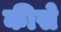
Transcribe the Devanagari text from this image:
कीसे